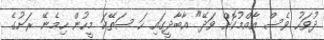
ދުވަހު ވެސް އާއްމުކޮށް ވަދޭ" އާބާދީގައި ހަ ސަތޭކަ މީހުން ހިމެނޭ ރަށުގެ